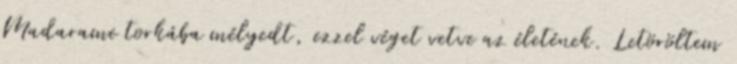
Madarame torkába mélyedt, ezzel véget vetve az életének. Letöröltem